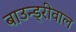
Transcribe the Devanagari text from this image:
बाउन्ड्रीवाल